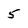
Character: 5